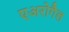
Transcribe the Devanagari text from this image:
एअरोगैल